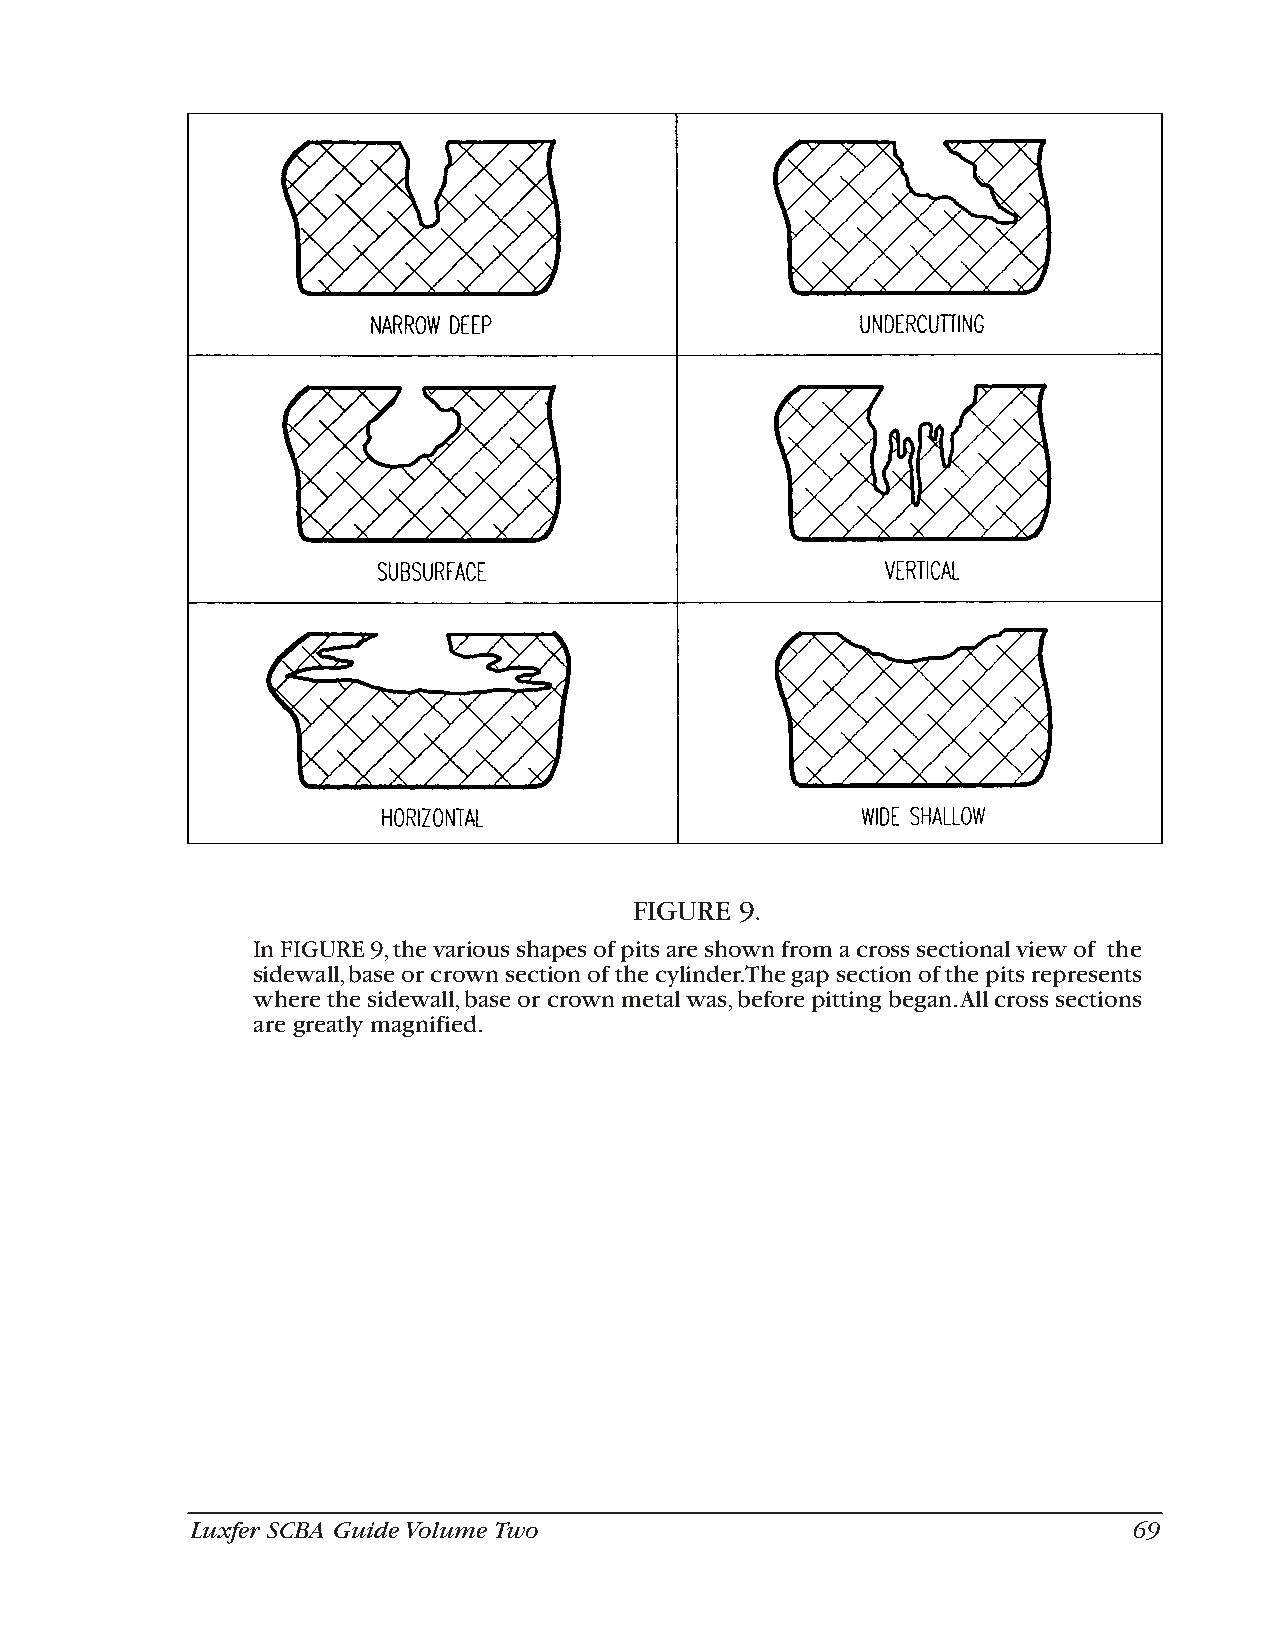
FIGURE 9.
 In FIGURE 9,the various shapes of pits are shown from a cross sectional view of the
 sidewall,base or crown section of the cylinder.The gap section of the pits represents
 where the sidewall,base or crown metal was,before pitting began.All cross sections
 are greatly magnified.
 Luxfer SCBA Guide Volume Two                                  69